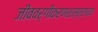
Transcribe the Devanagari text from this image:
जीववर्गीकरणशास्त्राच्या